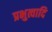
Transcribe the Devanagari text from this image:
प्रभुत्वादि